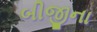
બીજીના